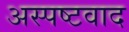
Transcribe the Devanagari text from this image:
अस्पष्टवाद